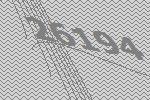
26194